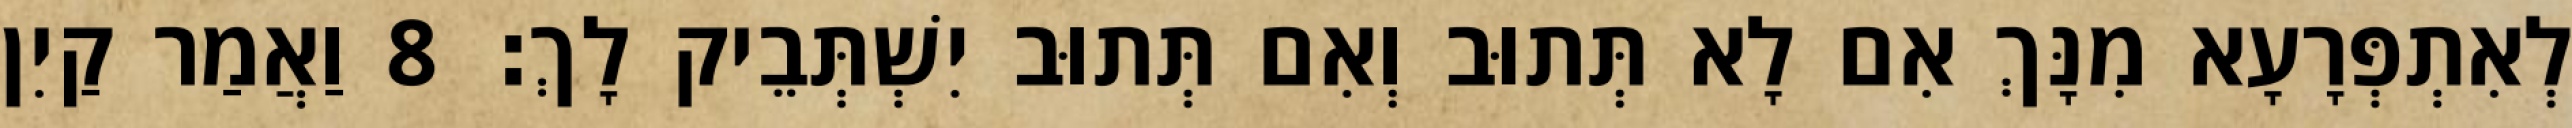
לְאִתְפְּרָעָא מִנָּךְ אִם לָא תְּתוּב וְאִם תְּתוּב יִשְׁתְּבֵיק לָךְ׃ 8 וַאֲמַר קַיִן